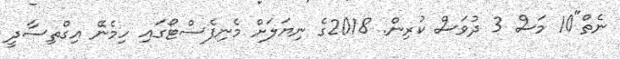
ނެތް"10 މަސް 3 ދުވަސް ކުރިން. 2018ގެ ނިޔަލަށް މެނިފެސްޓޯގައި ހިމެނޭ އިގްތިސާދީ